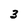
Character: 3